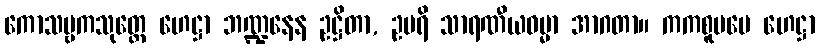
ကောသမ္ဗကသုတ္တေ ဟေဋ္ဌာ ဘဏ္ဍနေန ဥဋ္ဌိတာ, ဥပရိ သာရဏီယဓမ္မာ အာဂတာ။ ကကစူပမေ ဟေဋ္ဌာ